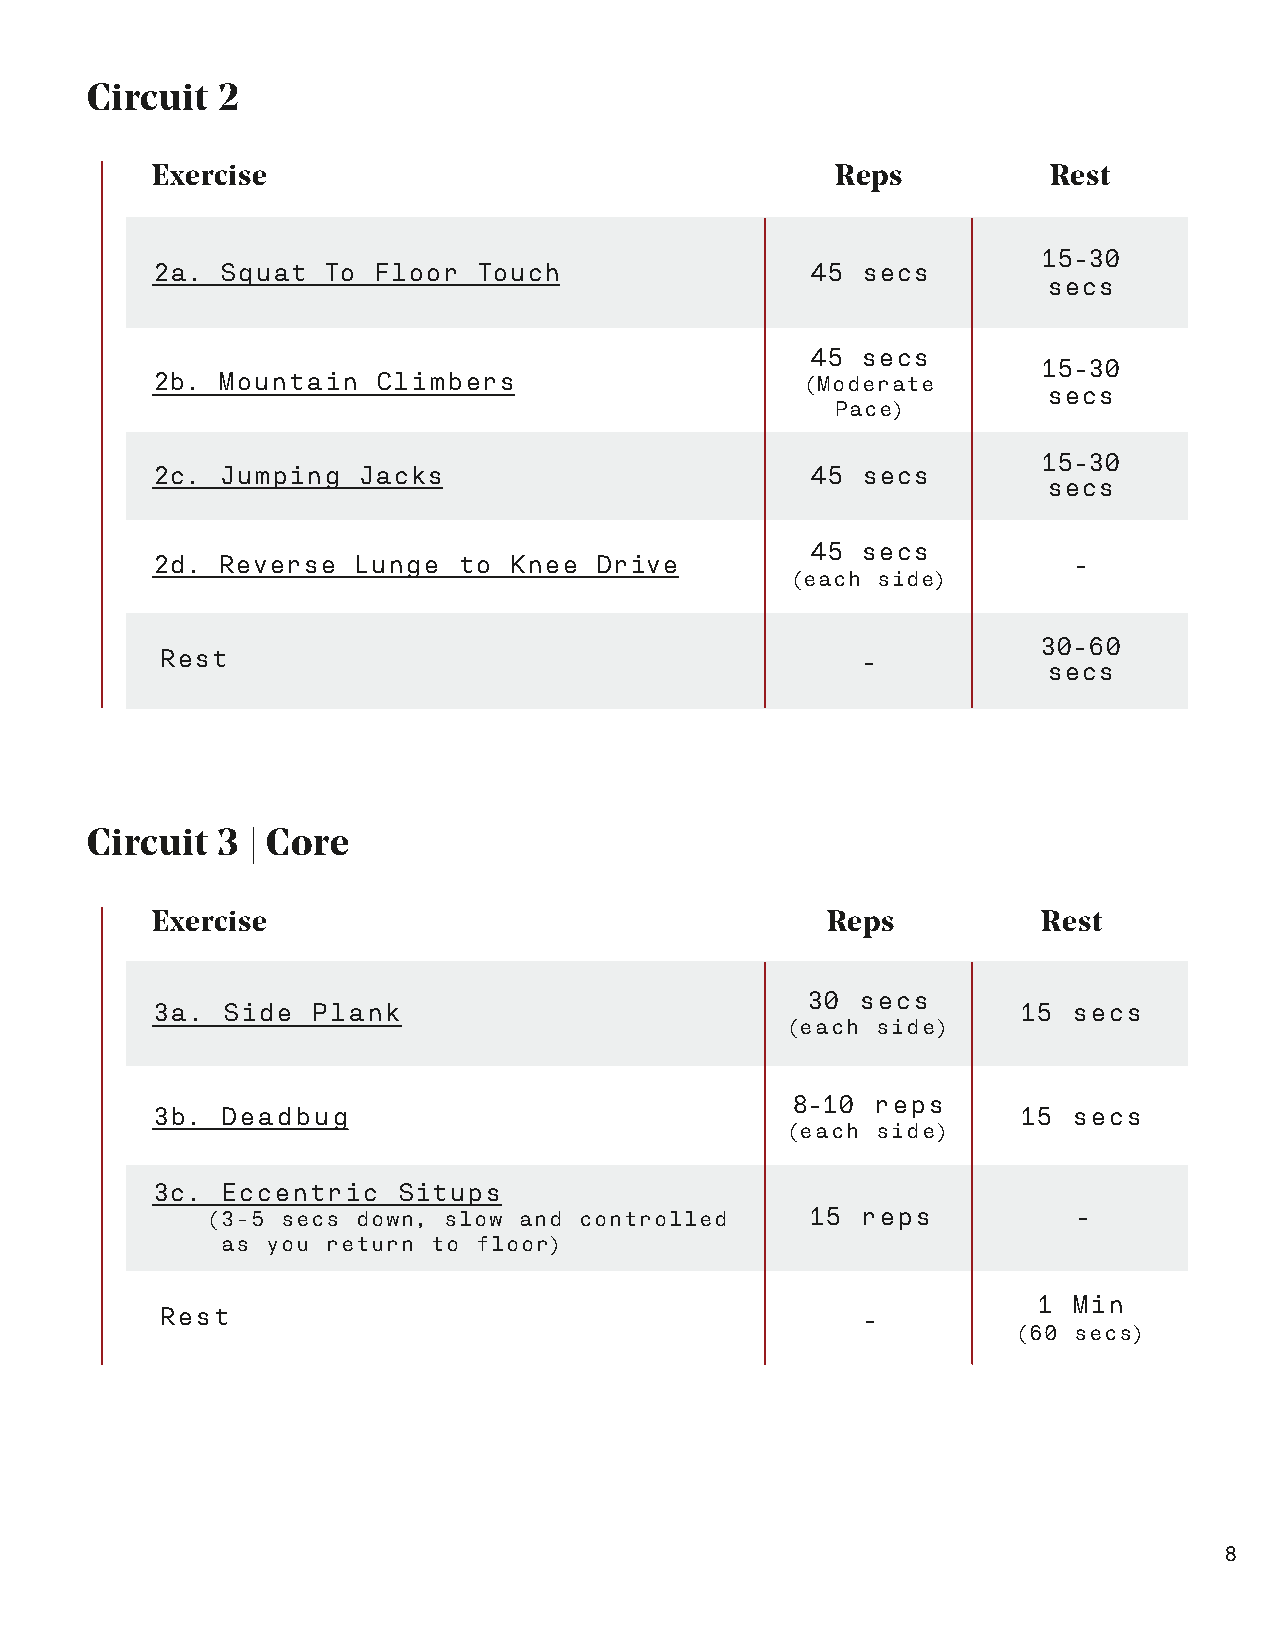
Circuit 2
 Exercise                                     Reps           Rest
 15-30
 2a.  Squat To  Floor  Touch                 45 secs
 secs
 45 secs
 15-30
 2b. Mountain   Climbers                    (Moderate
 secs
 Pace)
 15-30
 2c. Jumping   Jacks                         45 secs
 secs
 45 secs
 2d. Reverse  Lunge  to  Knee Drive                           -
 (each side)
 30-60
 Rest                                          -
 secs
 Circuit 3 | Core
 Exercise                                     Reps          Rest
 30  secs
 3a.  Side  Plank                                         15  secs
 (each side)
 8-10  reps
 3b.  Deadbug                                             15  secs
 (each side)
 3c.  Eccentric  Situps
 (3-5 secs down, slow and controlled    15  reps          -
 as you return to floor)
 1 Min
 Rest                                          -
 (60 secs)
 8